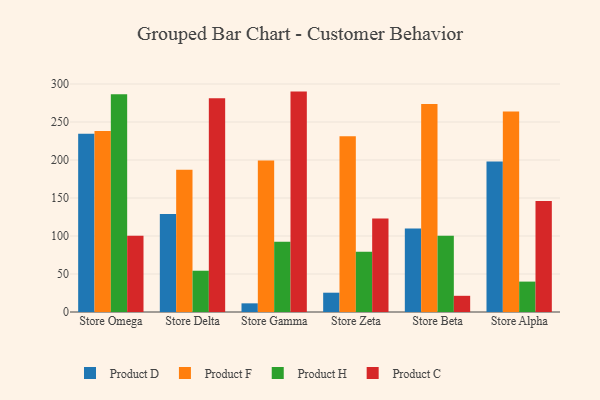
{"axis": {"x": "Store", "y": "Population (Million)"}, "legend": ["Product C", "Product D", "Product F", "Product H"], "data": [{"x": "Store Omega", "y": 234.7, "type": "Product D"}, {"x": "Store Omega", "y": 238.3, "type": "Product F"}, {"x": "Store Omega", "y": 286.6, "type": "Product H"}, {"x": "Store Omega", "y": 100.2, "type": "Product C"}, {"x": "Store Delta", "y": 128.8, "type": "Product D"}, {"x": "Store Delta", "y": 187.3, "type": "Product F"}, {"x": "Store Delta", "y": 54.3, "type": "Product H"}, {"x": "Store Delta", "y": 281.3, "type": "Product C"}, {"x": "Store Gamma", "y": 11.4, "type": "Product D"}, {"x": "Store Gamma", "y": 199.3, "type": "Product F"}, {"x": "Store Gamma", "y": 92.3, "type": "Product H"}, {"x": "Store Gamma", "y": 290.0, "type": "Product C"}, {"x": "Store Zeta", "y": 25.4, "type": "Product D"}, {"x": "Store Zeta", "y": 231.3, "type": "Product F"}, {"x": "Store Zeta", "y": 79.4, "type": "Product H"}, {"x": "Store Zeta", "y": 122.9, "type": "Product C"}, {"x": "Store Beta", "y": 109.8, "type": "Product D"}, {"x": "Store Beta", "y": 273.7, "type": "Product F"}, {"x": "Store Beta", "y": 100.4, "type": "Product H"}, {"x": "Store Beta", "y": 21.3, "type": "Product C"}, {"x": "Store Alpha", "y": 198.0, "type": "Product D"}, {"x": "Store Alpha", "y": 263.7, "type": "Product F"}, {"x": "Store Alpha", "y": 40.0, "type": "Product H"}, {"x": "Store Alpha", "y": 146.0, "type": "Product C"}]}